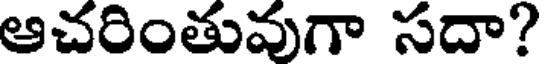
ఆచరింతువుగా సదా?